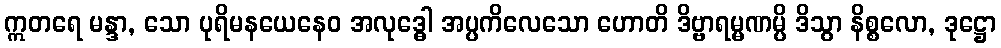
ဣတရေ မန္ဒာ, သော ပုရိမနယေနေဝ အလုဒ္ဓေါ အပ္ပကိလေသော ဟောတိ ဒိဗ္ဗာရမ္မဏမ္ပိ ဒိသွာ နိစ္စလော, ဒုဋ္ဌော